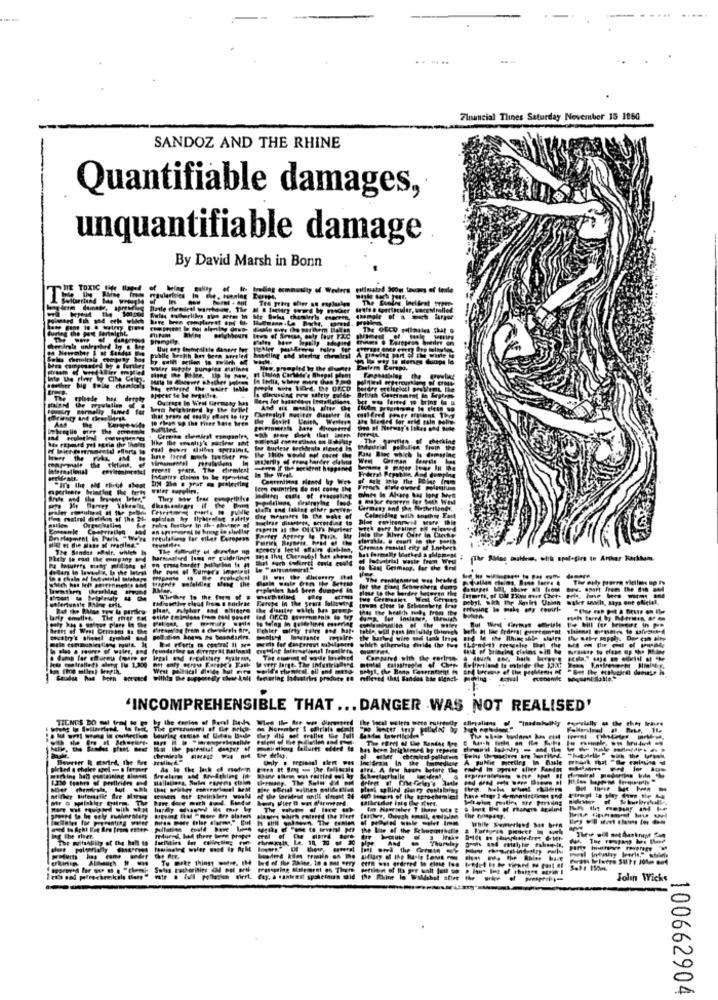
Financial Tlines Saturday November 15 186G
SANDOZ AND THE RHINE
Quantifiable damages,
unquantifiable damage
By David Marsh in Bonn
TOXIC
t ambunity of Wedlera tillmated Soom tavons of fenile
T
chemitth Com.
The OECD polimiles That 9
----
moms @ Europeas brevier on
Shape
episode hag derely
Outrage In Vest Germany kas
Ate Mached for arted rain pole
In The Weak ..
Forn If the nochdent ho
leen countries de nel casoy IM
They www free
Germany and the Nezbytlands,
tre mesures In the make of
Coleciflag with thethey Eatt
The Sandat afelr. whvleh
harmaalsed loes or guidelines
do Past Germany, for the
rplnles kal Ien dumped in
glese to the border Motoren Pit
sfortunale
In, says one oficial.
que place in the
The Phar
# very large. The Inatiris
Compared with the gorimys-
Within The supposedly chose kalt
wing Industrins pr
10 rifleved that Sandes bie Bier
'INCOMPREHENSIBLE THAT ... DANGER WAS NOT REALISED'
TIENES DO I
se comiss of Uitos Baile
A PuNie Pceting im Basle
the brus
Boahrs of pesticides
the Fier
Pluend, hed there bene propet
Yhurelay
Tae Fomgang hed Base
To make things wudre. IM
the Ruler by
Frasspring Sistemeqt on There
Jolin Wicks
100662904